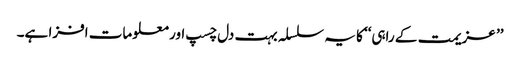
’’ عزیمت کے راہی‘‘ کا یہ سلسلہ بہت دل چسپ اور معلومات افزا ہے۔